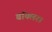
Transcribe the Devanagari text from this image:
बॉयलर।